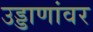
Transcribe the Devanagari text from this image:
उड्डाणांवर